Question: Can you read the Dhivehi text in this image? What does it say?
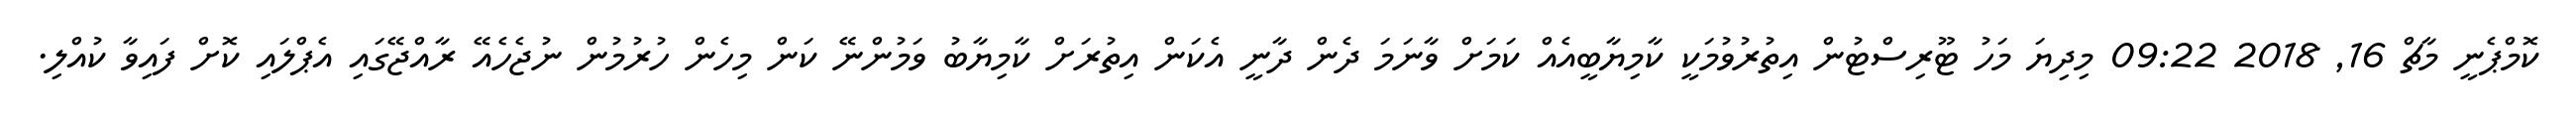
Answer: ކޮމްޕެނީ މާޗް 16, 2018 09:22 މިދިޔަ މަހު ޓޫރިސްޓުން އިތުރުވުމަކީ ކާމިޔާބީއެއް ކަމަށް ވާނަމަ ދެން ދާނީ އެކަން އިތުރަށް ކާމިޔާބު ވަމުންނޭ ކަން މިހެން ހުރުމުން ނުޖެހެއޭ ރާއްޖޭގައި އެޕްލައި ކޮށް ފައިވާ ކުއްލި.